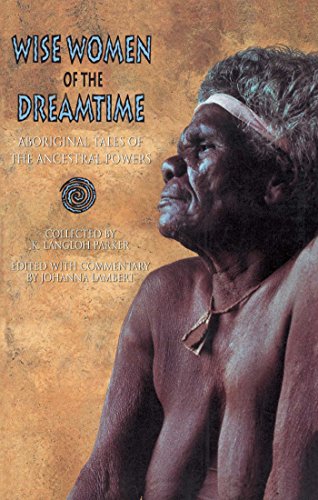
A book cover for Wise Women of the Dreamtime: Aboriginal Tales of the Ancestral Powers; K. Langloh Parker; Literature & Fiction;